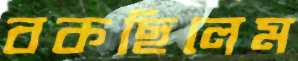
বকছিলেম